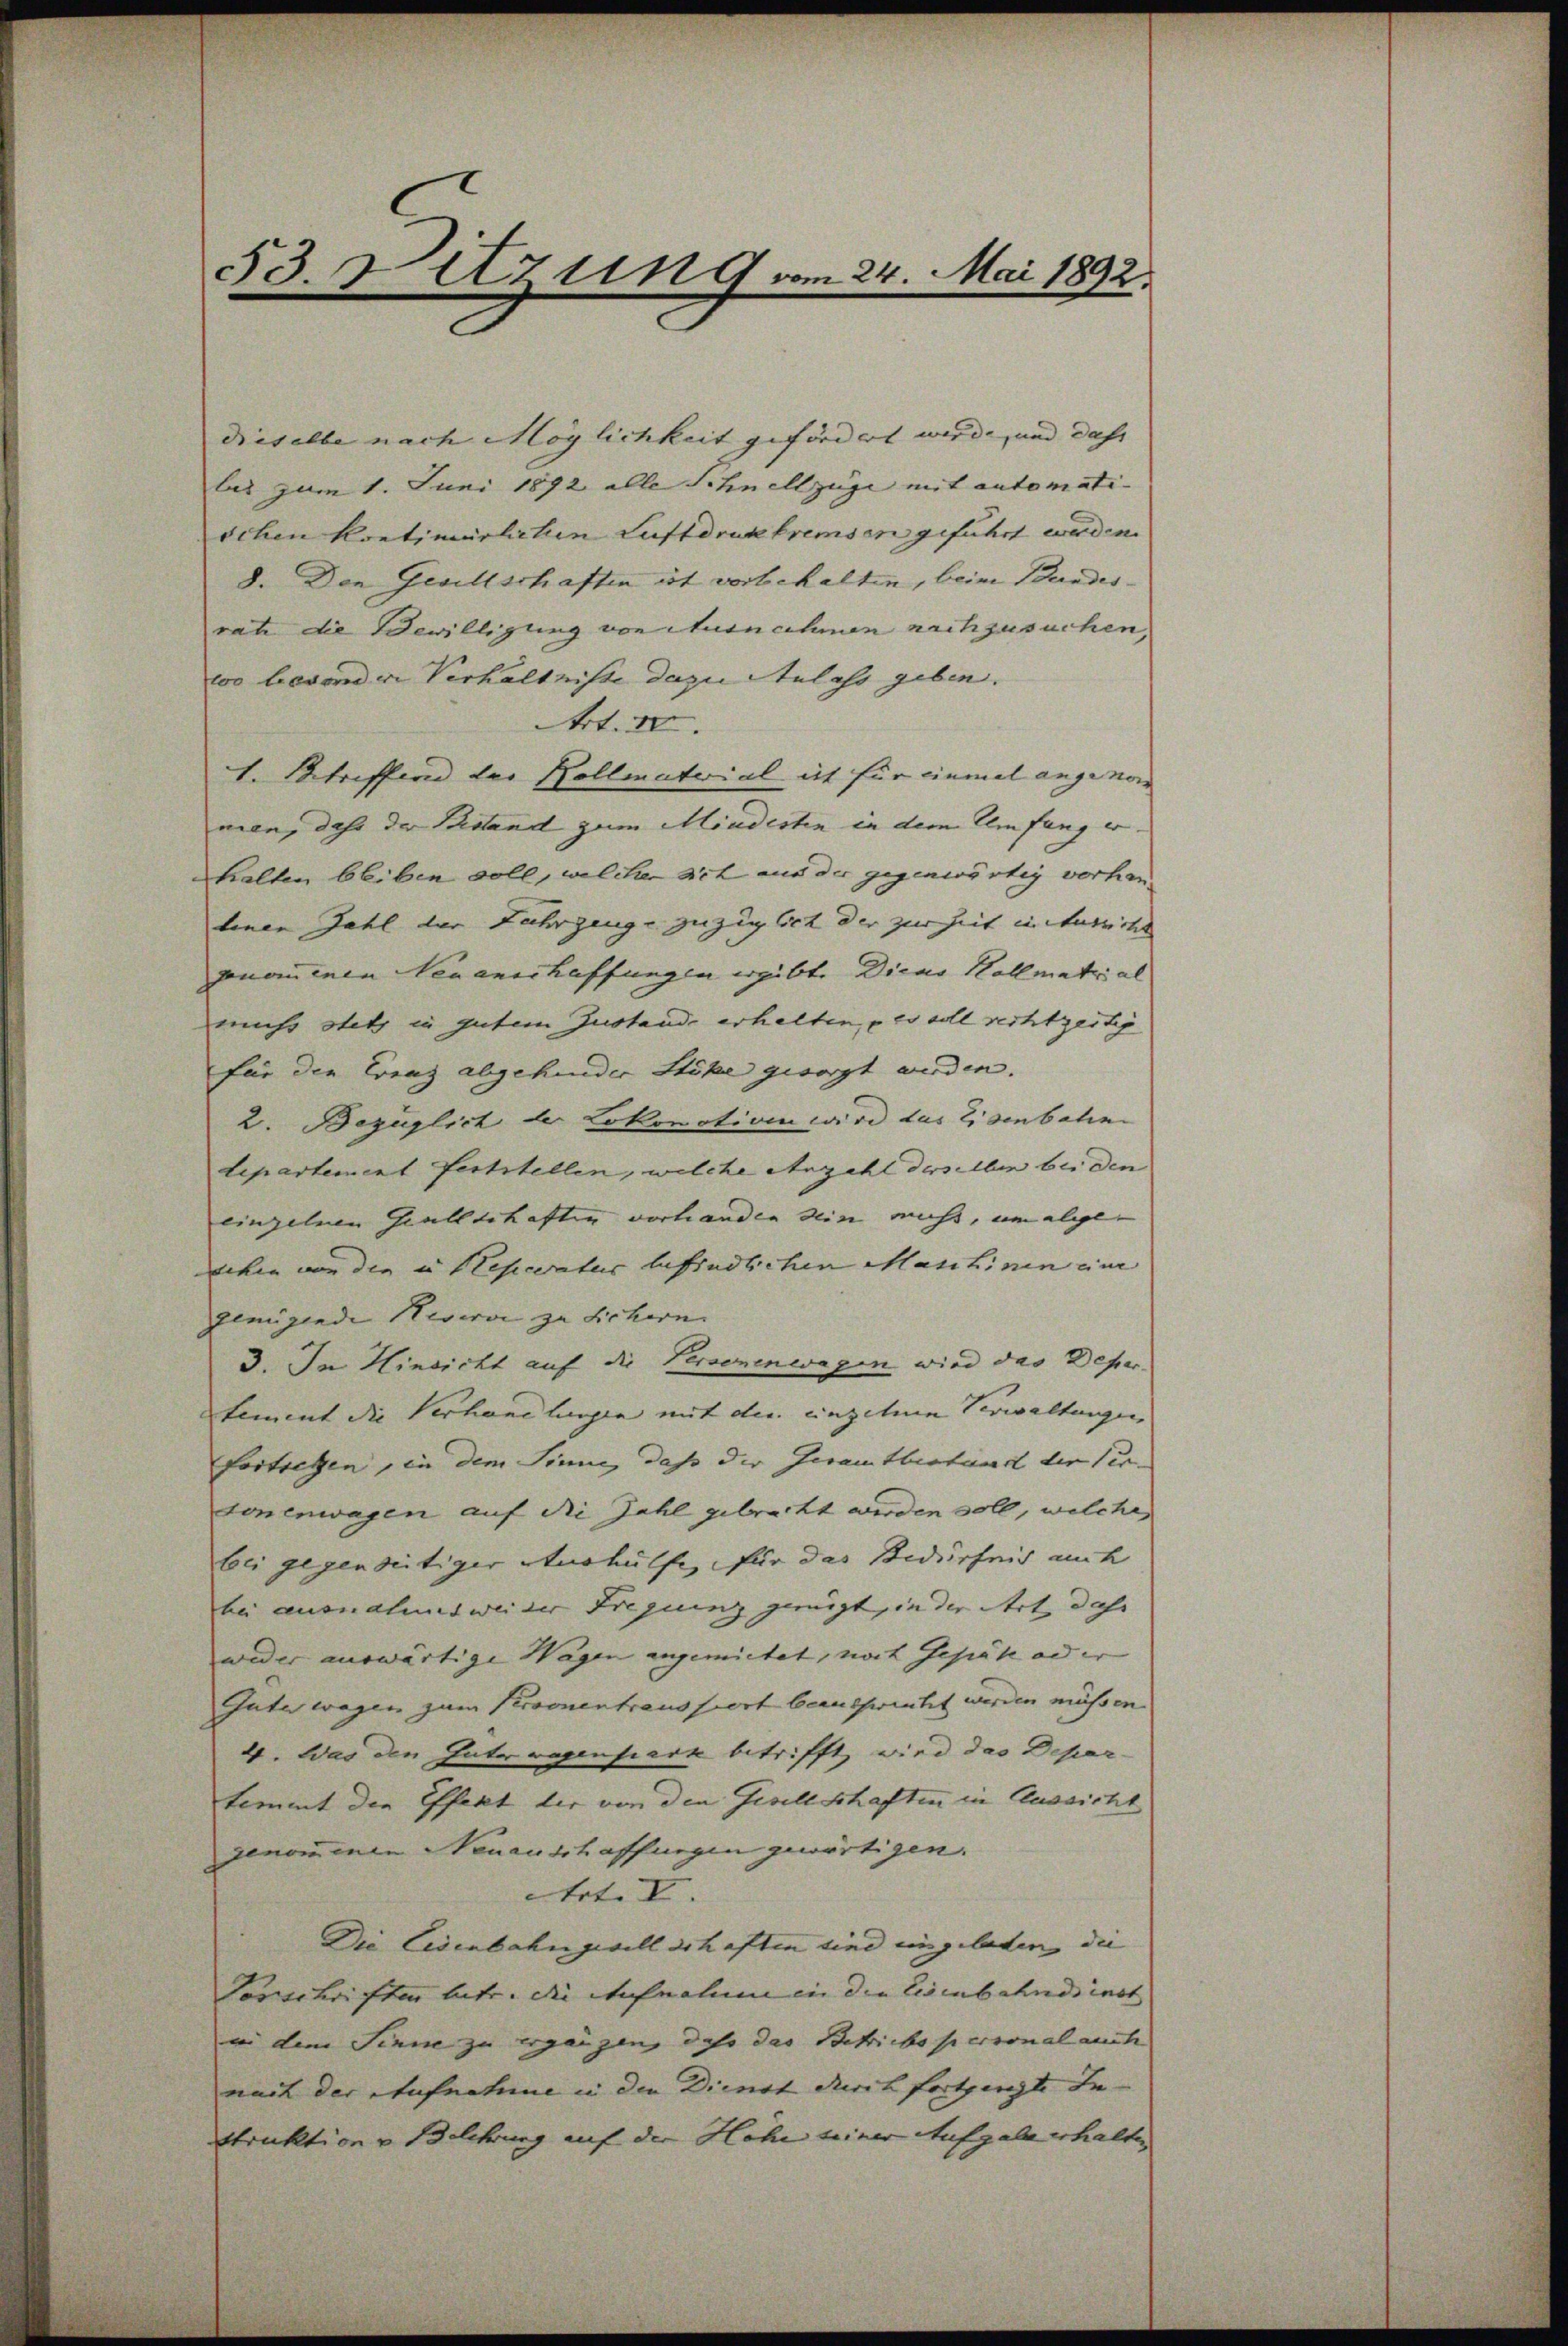
53. Sitzung vom 24. Mai 1892.

dieselbe nach Möglichkeit gefördert werde, und das |
bas zum 1. Juni 1892 alle Schnellzüge mit automati-
schen kontimirlichen Luftdrukbremsen geführt werden.
8. Den Gesellschaften ist vorbehalten, beim Bundesrate die Bewilligung von Ausnahmen nachzusuchen.
coo besonder Verhältnisse dazu Anlass geben. |
Art. II.
1. Betreffend der Kollmaterial ist für einmal angenom
men, daß der Bestand zum Mindesten in dem Umfang er- |
halten bleiben soll, welcher ach aus der gegenwärtig vorhanliner Zahl der Fahrzeuge zuziglich der zur Zeit in tutritt
gnominen Neuanschaffungen ergibt. Dieas Hollmatri al
muss stets in gutem Zustande erhalten, – es soll rechtzeitig
für den Franz abgehender Stöße gesorgt werden. |
2. Bezüglich der Lokomotive wird das Eisenbahn
departement feststellen, welche Anzahl derselben bei den
einzelnen Grellschafter vorhanden sein mich, um abge- |
sehen von die in Pleperatus befindlichen Maschinen zur
genügende Neserve zu Sichern |
3. In Hinsicht auf die Personenwagen wird das Depar-
tement die Verhandlungen mit der einzelnen Verwaltungen
Portreten, in dem Sinne, daß der Gesamtbestand der Vertonenwagen auf die Zahl gebracht werden soll, welche,
bei gegenseitiger atmehülfe, für das Bedürfnis auch
bei ausnaluns weider Frequenz zweigt, in der Art, das
weder auswärtige Wagen angemietet, noch Gepäte ad er
Gute wegen zum Personentraussiert beansprucht werden müssen.
4. Was den Inter vegenpark betrifft, wird das Depar-
temmt den Effekt der von den Gesellschaften in Aussicht
genommen Neuanschaffungen gewärtigen.
Art. I.
Die Eisenbahngesellschaften sind eingeladen, die
Vorschriften betr. die Aufnahm in den Eisenbahndienst |
in dem Sinne zu ergängen, daß das Schriebspersonal auch
nach der Aufnahme in den Dienst durch fortgingte Be- |
Struktion v. Belehrung auf der Höhe seiner Aufgabe erhalte